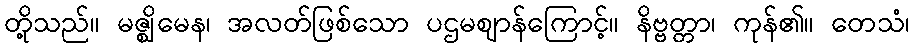
တို့သည်။ မဇ္ဈိမေန၊ အလတ်ဖြစ်သော ပဌမဈာန်ကြောင့်။ နိဗ္ဗတ္တာ၊ ကုန်၏။ တေသံ၊